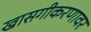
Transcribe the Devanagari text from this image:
खासगीकरणावर